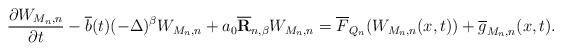
LaTeX: \begin{align*}\frac{\partial W_{M_n,n} }{\partial t} - \overline b(t) (-\Delta )^\beta W_{M_n,n}+a_0 {\bf \overline R}_{n,\beta} W_{M_n,n} = \overline F_{Q_n} (W_{M_n,n}(x,t)) +\overline g_{M_n,n} (x,t). \end{align*}